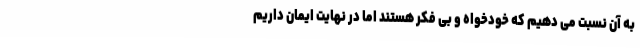
به آن نسبت می دهیم که خودخواه و بی فکر هستند اما در نهایت ایمان داریم